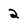
Character: 2